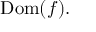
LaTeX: \operatorname { D o m } ( f ) .